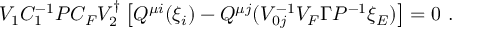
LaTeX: V _ { 1 } C _ { 1 } ^ { - 1 } { \cal P } C _ { F } V _ { 2 } ^ { \dagger } \left[ Q ^ { \mu i } ( \xi _ { i } ) - Q ^ { \mu j } ( V _ { 0 j } ^ { - 1 } V _ { F } \Gamma { \cal P } ^ { - 1 } \xi _ { E } ) \right] = 0 \ .